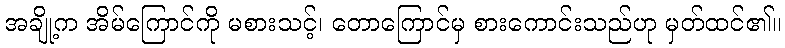
အချို့က အိမ်ကြောင်ကို မစားသင့်၊ တောကြောင်မှ စားကောင်းသည်ဟု မှတ်ထင်၏။